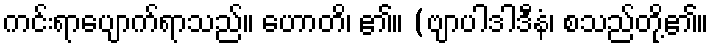
ကင်းရာပျောက်ရာသည်။ ဟောတိ၊ ၏။ (ဗျာပါဒါဒီနံ၊ စသည်တို့၏။